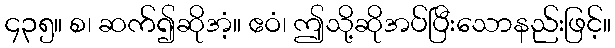
၄၃၅။ စ၊ ဆက်၍ဆိုအံ့။ ဧဝံ၊ ဤသို့ဆိုအပ်ပြီးသောနည်းဖြင့်။